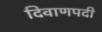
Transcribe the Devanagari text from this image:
दिवाणपदी